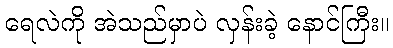
ရေလဲကို အဲသည်မှာပဲ လှန်းခဲ့ နောင်ကြီး။